画像に写った文字を読んでください
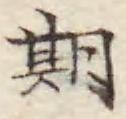
「期」と書いてあります